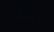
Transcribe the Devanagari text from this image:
विडेओ